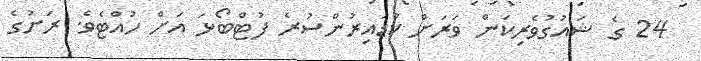
24 ގެ ޝައުގުވެރިކަން ވަރަށް ކުޑައިރުންސުރެ ފުޓްބޯޅަ އަށް ހުއްޓެވެ. ރަށުގެ